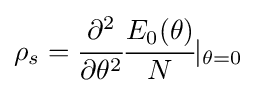
\rho _{s}={\cfrac {\partial ^{2}}{\partial \theta ^{2}}}{\cfrac {E_{0}(\theta )}{N}}|_{\theta =0}